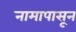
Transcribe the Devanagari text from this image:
नामापासून